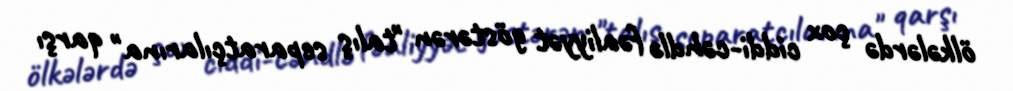
ölkələrdə çox ciddi-cəhdlə fəaliyyət göstərən "talış separatçılarına" qarşı